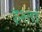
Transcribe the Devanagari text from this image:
इश्तां